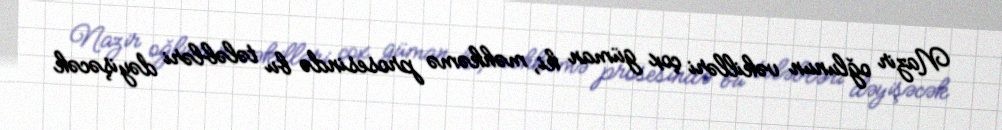
Nazir oğlunun vəkilləri çox güman ki, məhkəmə prosesində bu tələbləri dəyişəcək